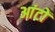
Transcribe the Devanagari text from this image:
आंटों